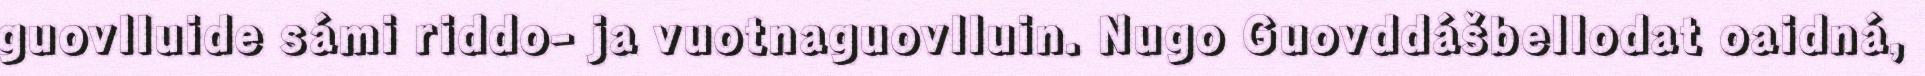
guovlluide sámi riddo- ja vuotnaguovlluin. Nugo Guovddášbellodat oaidná,